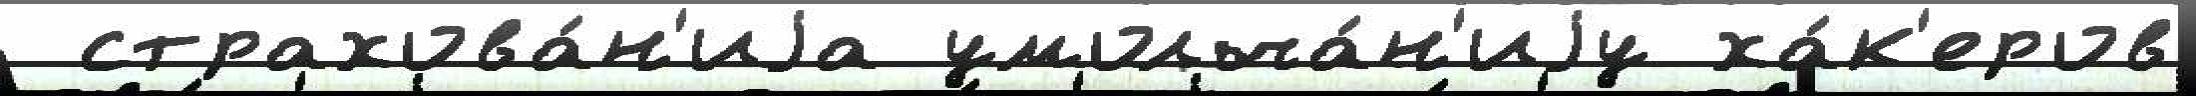
 страхова́н'иjа умолча́н'иjу ха́к'еров